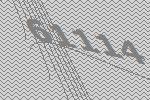
61114